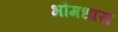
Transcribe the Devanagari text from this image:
भौमधारा